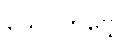
သေဝိတဗ္ဗေ